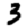
Digit: 3